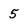
Character: 5